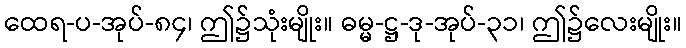
ထေရ-ပ-အုပ်-၈၄၊ ဤ၌သုံးမျိုး။ ဓမ္မ-ဋ္ဌ-ဒု-အုပ်-၃၁၊ ဤ၌လေးမျိုး။